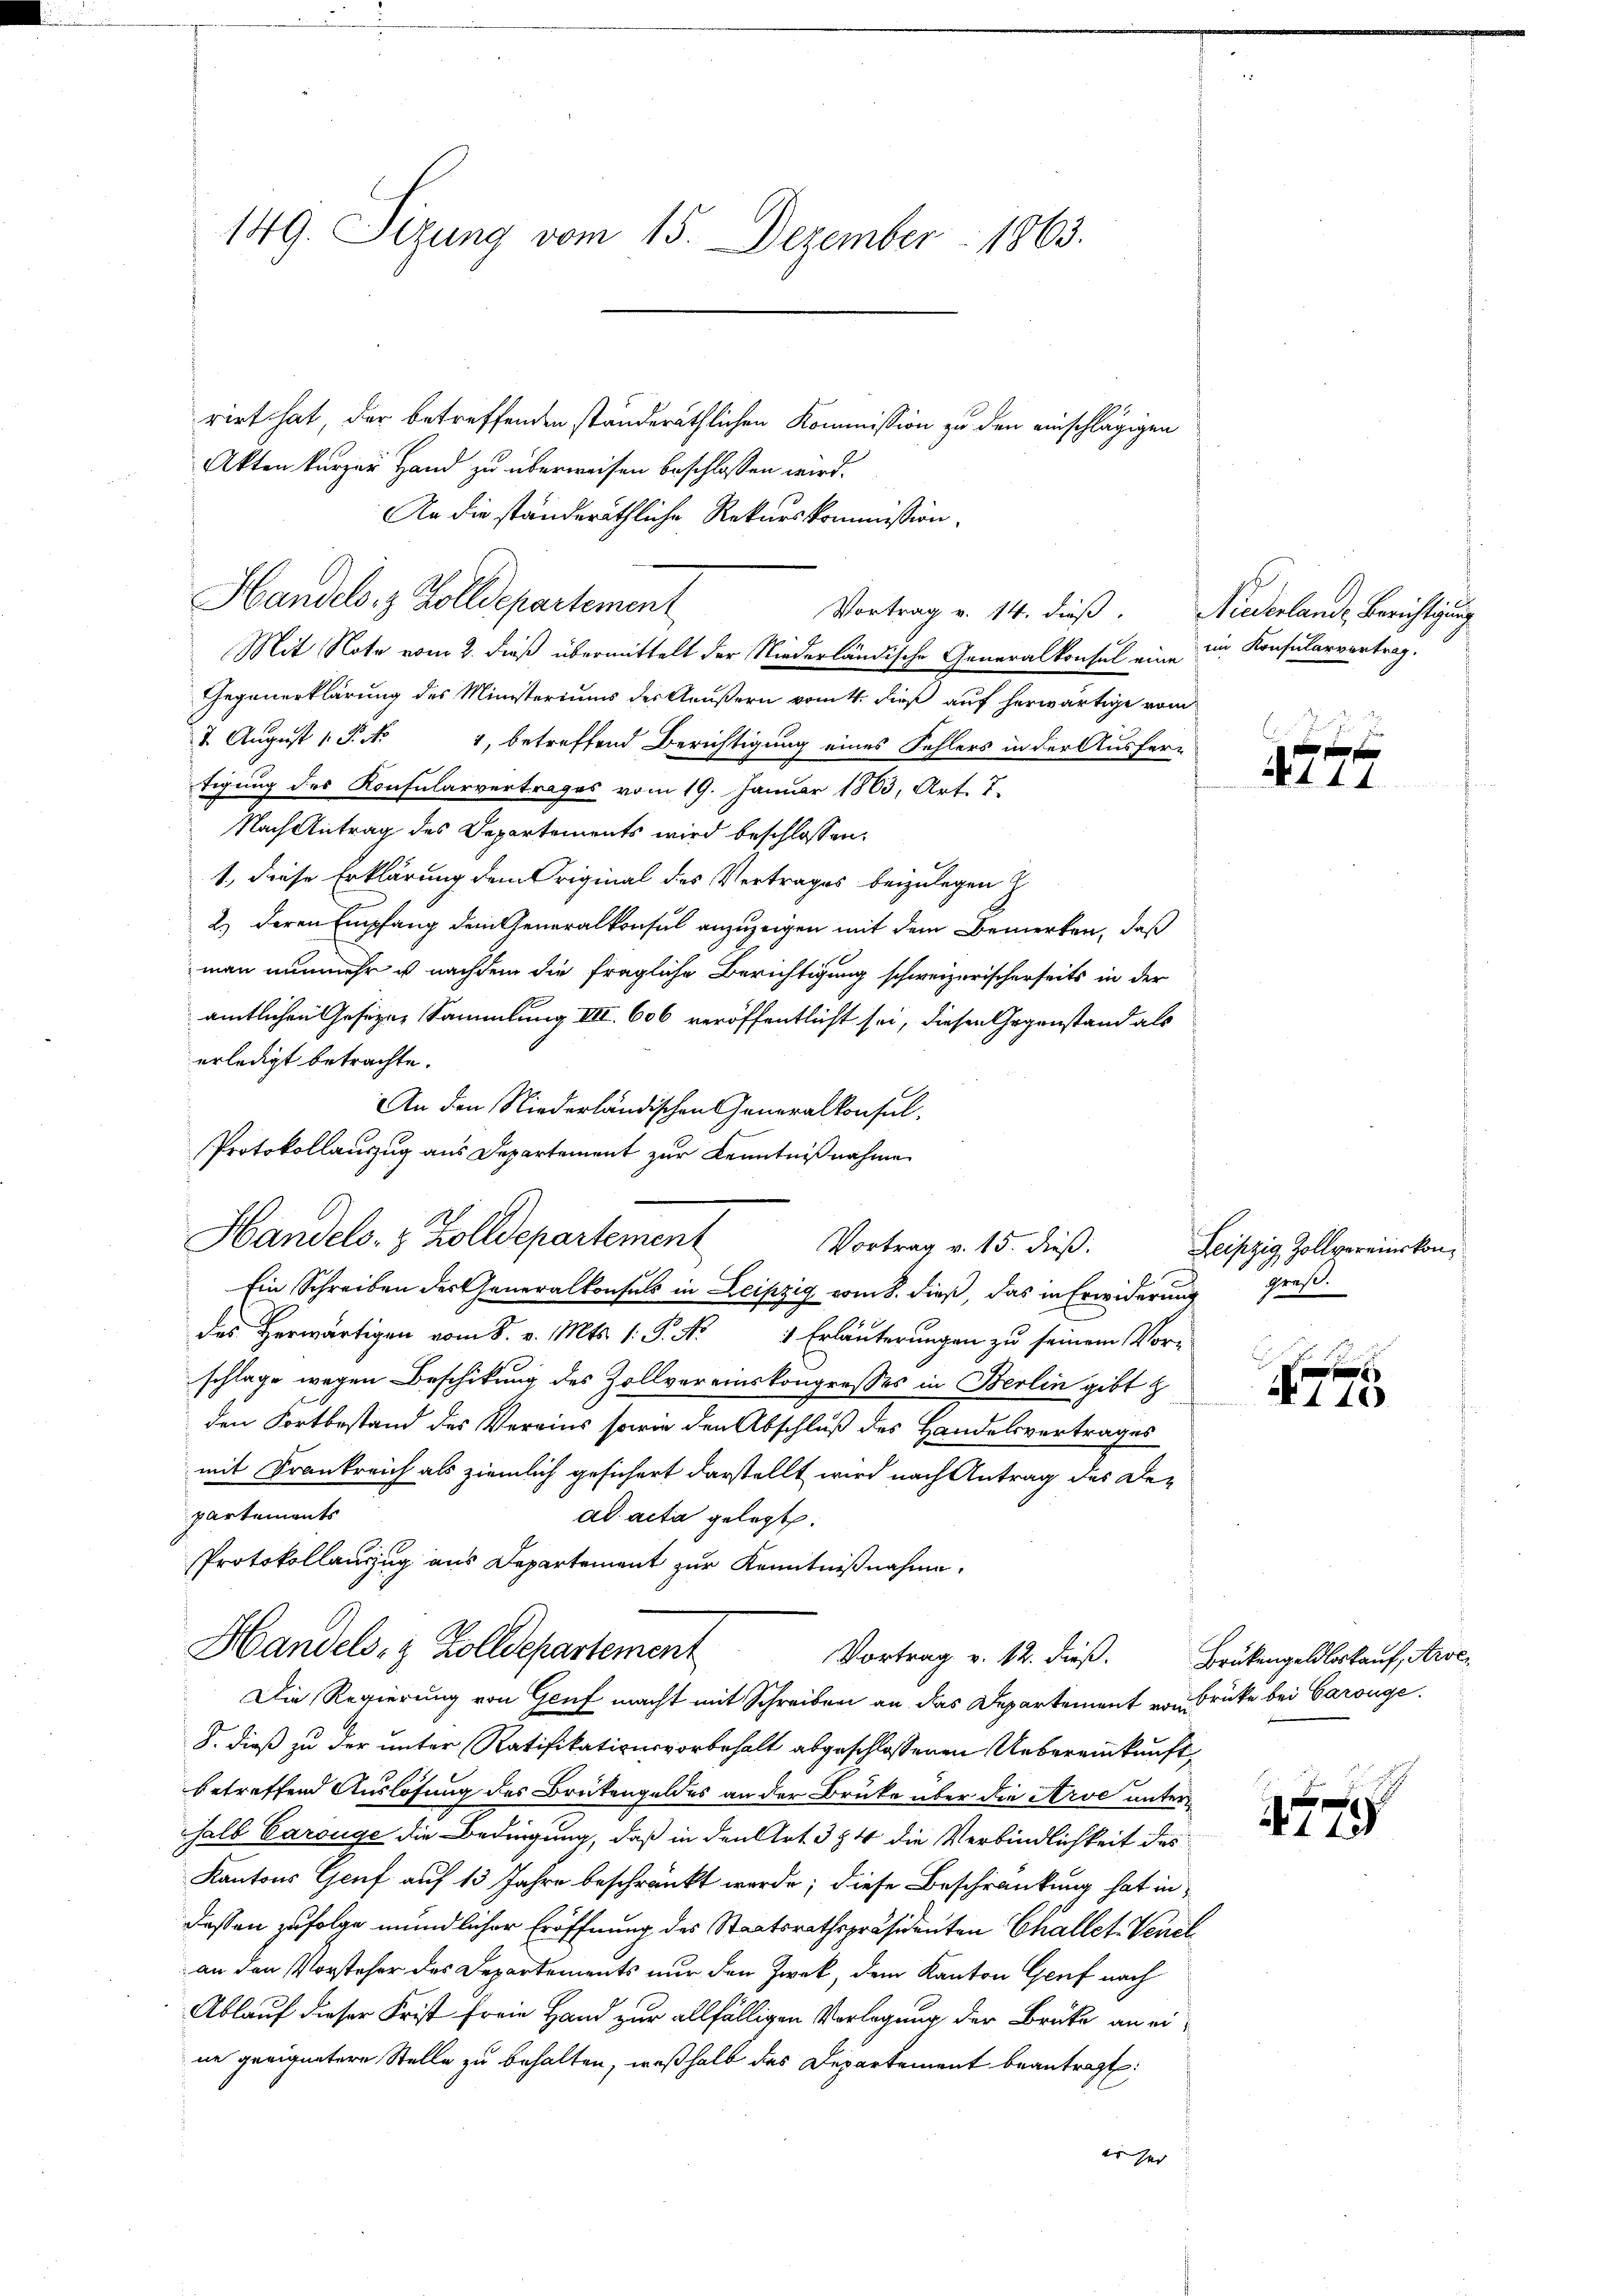
149. Sizung vom 15. Dezember 1863.

rirt hat, der betreffenden ständeräthlichen Kommission zu den einschlägigen
Akten kurzer Hand zu überweisen beschlossen wird.
An die ständeräthliche Rekurskommission.
Vortrag v. 14. dieß. Niederlande Berichtigung
Mit Note vom 2. dieß übermittelt der Niederländische Generalkonsul eine im Konsularvortrag.
Gegenerklärung des Ministeriums des Aeußern vom 4. dieß auf herwärtige vom
4 August 1. P. Nr. 1, betreffend Berichtigung eines Fehlers in der Ausfer-
tigung des Konfularvertrages vom 19. Januar 1883, Art. 7.
Nach Antrag des Departements wird beschlossen:
1., diese Erklärung dem Original des Vertrages beizulegen
2.) Deren Empfang dem Generalkonsul anzuzeigen mit dem Bemerken, daß
man nunmehr u nachdem die fragliche Berichtigung schweizerischerseits in der
amtlichen Gesezen Sammlung III. 606 veröffentlicht sei, diesen Gegenstand als
erledigt betrachte.
An den Niederländischen Generalkonsul-
Protokollauszug aus Departement zur Kenntnißnahme
Handels- & Zolldepartement
Vortrag v. 15. dieß:
Ein Schreiben der Generalkonsuls in Leipzig vom 8. dieß, das in Erwiderung groß
des Herwärtigen vom 8. v. Mts. 1. P. Nr. 1 Erläuterungen zu seinem Vor-
schlage wegen Beschikung des Zollvereinskongresses in Berlin gibt
den Fortbestand des Vereins sowie den Abschluß des Handelsvertrages
mit Frankreich als ziemlich gesichert darstellt wird nach Antrag des Departements
ad acta gelegt.
Protokollauszug aus Departement zur Kenntnißnahme.
Handels- & Zolldepartement
Vortrag v. 12. dieß. Brükengeldloskauf, Arve-
Die Regierung von Genf macht mit Schreiben an das Departement von drücke bei Carouge.
8. dieß zu der unter Ratifikationsvorbehalt abgeschlossenen Uebereinkunft,
betreffend Auslösung des Brütengeldes an der Brüke über die Arve unter
halb Carouge die Bedingung, daß in den Art. 384 die Verbindlichkeit des
Kantons Genf auf 13 Jahre beschränkt werde; diese Beschränkung hat in
dessen zufolge mündlicher Eröffnung des Staatsrathspräsidenten Challet. Venel
an den Vorsteher des Departements nur den Zweck, dem Kanton Genf nach
Ablauf dieser Frist freie Hand zur allfälligen Vorlegung der Brüke an eine geeignetere Stelle zu behalten, weßhalb des Departement beantragt:
er sei

Handels. z. Zolldepartement

1744

Leipzig, Zollvereinskon¬

e
N 140

775